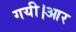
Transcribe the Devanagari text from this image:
गयी।आर